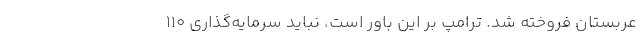
عربستان فروخته شد. ترامپ بر این باور است، نباید سرمایه‌گذاری ۱۱۰